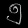
Digit: ၅